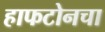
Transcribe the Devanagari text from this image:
हाफटोनचा